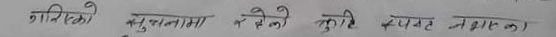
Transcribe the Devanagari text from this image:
गरिएको मुमामा नभनेको कुरा स्पष्ट नभएका